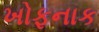
ખોફનાક